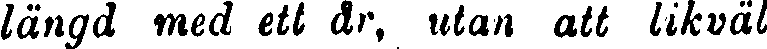
längd med ett år, utan att likväl